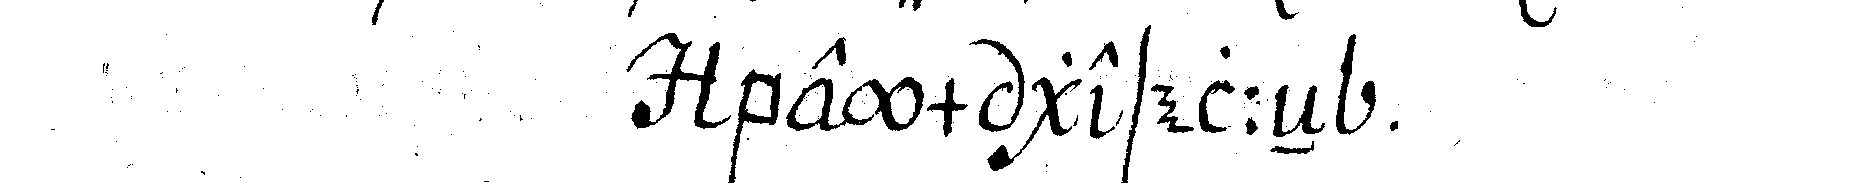
beym geseleN .